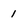
Character: 1